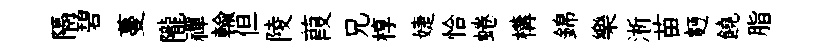
隔碧蔓隴禪輸但陵葭兄椁婕恰蜷構錦樂淅苗麪饒脂